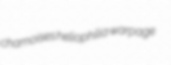
chamoises heliophilia warpage